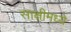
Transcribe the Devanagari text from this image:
साक्षीमध्ये